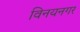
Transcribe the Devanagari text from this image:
विनयनगर